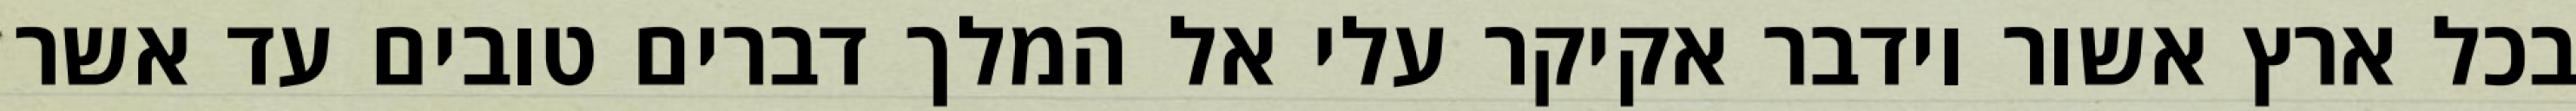
בכל ארץ אשור וידבר אקיקר עלי אל המלך דברים טובים עד אשר